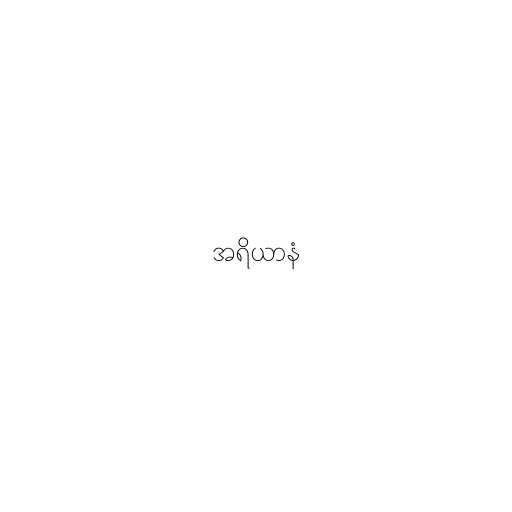
အရိယာနံ